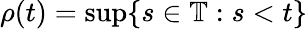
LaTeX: \rho(t)=\operatorname*{sup}\{ s\in\mathbb{T}:s<t\}